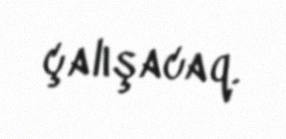
çalışacaq.